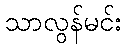
သာလွန်မင်း